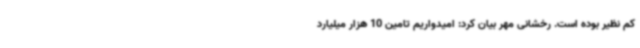
کم نظیر بوده است. رخشانی مهر بیان کرد: امیدواریم تامین 10 هزار میلیارد